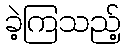
ခဲ့ကြသည့်